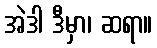
အဲဒါ ဒီမှာ၊ ဆရာ။